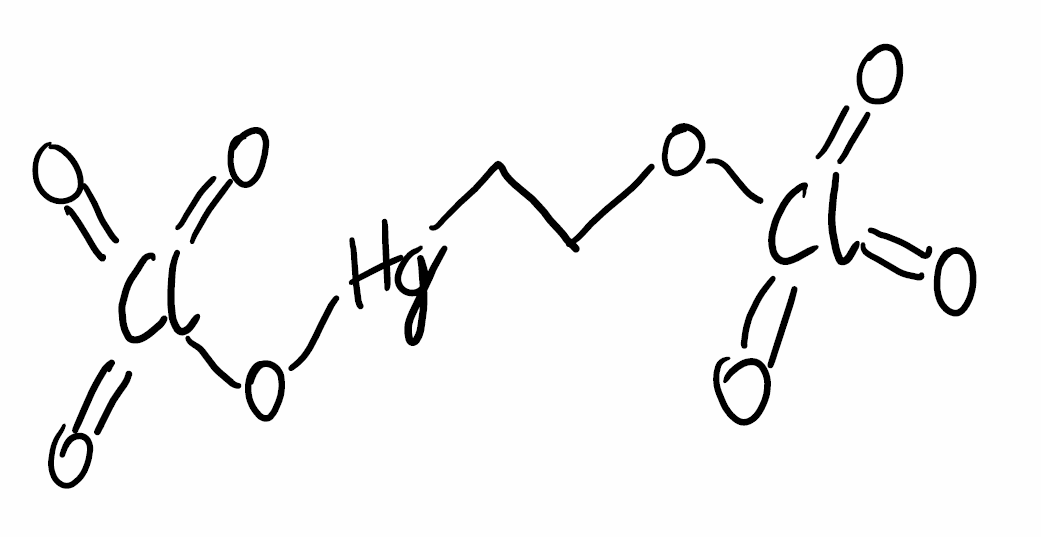
Simplified molecular-input line-entry system (SMILES) notation of the given molecule:
C(C[Hg]OCl(=O)(=O)=O)OCl(=O)(=O)=O